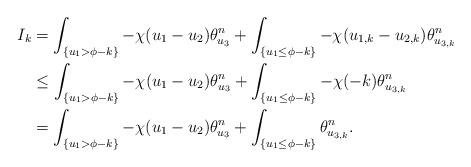
LaTeX: \begin{align*}I_k&=\int_{\{u_1>\phi-k\}}-\chi(u_{1}-u_{2})\theta_{u_3}^n+\int_{\{u_1\leq \phi-k\}}-\chi(u_{1,k}-u_{2,k})\theta_{u_{3,k}}^n\\&\leq \int_{\{u_1>\phi-k\}}-\chi(u_{1}-u_{2})\theta_{u_3}^n+\int_{\{u_1\leq \phi-k\}}-\chi(-k)\theta_{u_{3,k}}^n\\&= \int_{\{u_1>\phi-k\}}-\chi(u_{1}-u_{2})\theta_{u_3}^n+\int_{\{u_1\leq \phi-k\}}\theta_{u_{3,k}}^n.\end{align*}